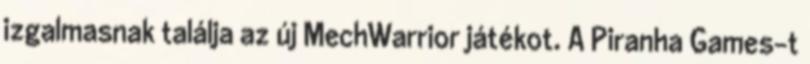
izgalmasnak találja az új MechWarrior játékot. A Piranha Games-t